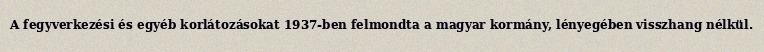
A fegyverkezési és egyéb korlátozásokat 1937-ben felmondta a magyar kormány, lényegében visszhang nélkül.